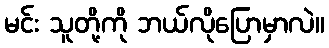
မင်း သူတို့ကို ဘယ်လိုပြောမှာလဲ။